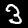
Label: 3